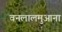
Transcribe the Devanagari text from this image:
वनलालमुआना